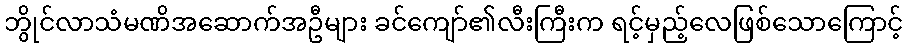
ဘွိုင်လာသံမဏိအဆောက်အဦများ ခင်ကျော်၏လီးကြီးက ရင့်မှည့်လေဖြစ်သောကြောင့်